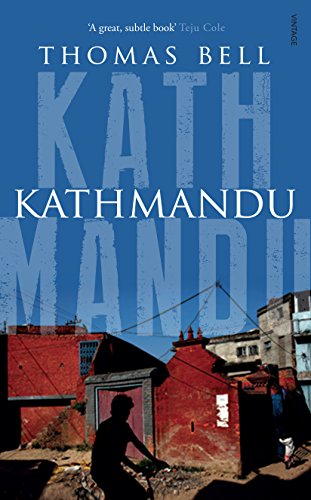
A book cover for Kathmandu; Thomas Bell; Travel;